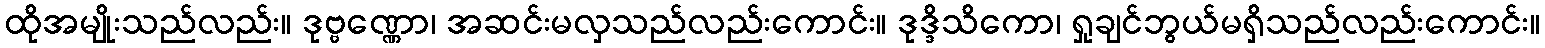
ထိုအမျိုးသည်လည်း။ ဒုဗ္ဗဏ္ဏော၊ အဆင်းမလှသည်လည်းကောင်း။ ဒုဒ္ဒိသိကော၊ ရှုချင်ဘွယ်မရှိသည်လည်းကောင်း။